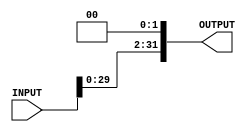
`timescale 1ns / 1ps
//////////////////////////////////////////////////////////////////////////////////
// Company: 
// Engineer: 
// 
// Design Name: 
// Module Name: Left_shift_2
// Project Name: 
// Target Devices: 
// Tool Versions: 
// Description: 
// 
// Dependencies: 
// 
// Revision:
// Revision 0.01 - File Created
// Additional Comments:
// 
//////////////////////////////////////////////////////////////////////////////////
module Left_shift_2(INPUT, OUTPUT);
    input [31:0] INPUT;
	 output [31:0] OUTPUT;
	 assign OUTPUT = INPUT<<2;
endmodule